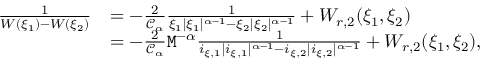
\begin{array} { r l } { \frac { 1 } { W ( \xi _ { 1 } ) - W ( \xi _ { 2 } ) } } & { = - \frac { 2 } { \mathcal { C } _ { \alpha } } \frac { 1 } { \xi _ { 1 } | \xi _ { 1 } | ^ { \alpha - 1 } - \xi _ { 2 } | \xi _ { 2 } | ^ { \alpha - 1 } } + W _ { r , 2 } ( \xi _ { 1 } , \xi _ { 2 } ) } \\ & { = - \frac { 2 } { \mathcal { C } _ { \alpha } } \mathtt { M } ^ { - \alpha } \frac { 1 } { i _ { \xi , 1 } | i _ { \xi , 1 } | ^ { \alpha - 1 } - i _ { \xi , 2 } | i _ { \xi , 2 } | ^ { \alpha - 1 } } + W _ { r , 2 } ( \xi _ { 1 } , \xi _ { 2 } ) , } \end{array}